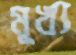
মূখ্য